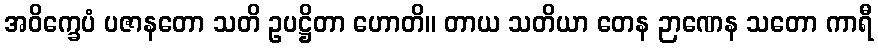
အဝိက္ခေပံ ပဇာနတော သတိ ဥပဋ္ဌိတာ ဟောတိ။ တာယ သတိယာ တေန ဉာဏေန သတော ကာရီ